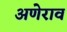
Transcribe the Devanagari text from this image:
अणेराव